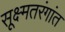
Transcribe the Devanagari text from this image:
सूक्ष्मतरंगांत